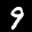
Label: 9